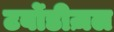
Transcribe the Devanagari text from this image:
टर्बोडीज़ल